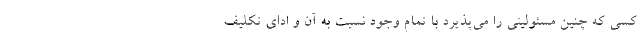
کسی که چنین مسئولیتی را می‌پذیرد با تمام وجود نسبت به آن و ادای تکلیف